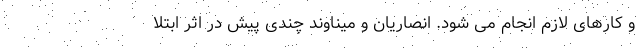
و کارهای لازم انجام می شود. انصاریان و میناوند چندی پیش در اثر ابتلا